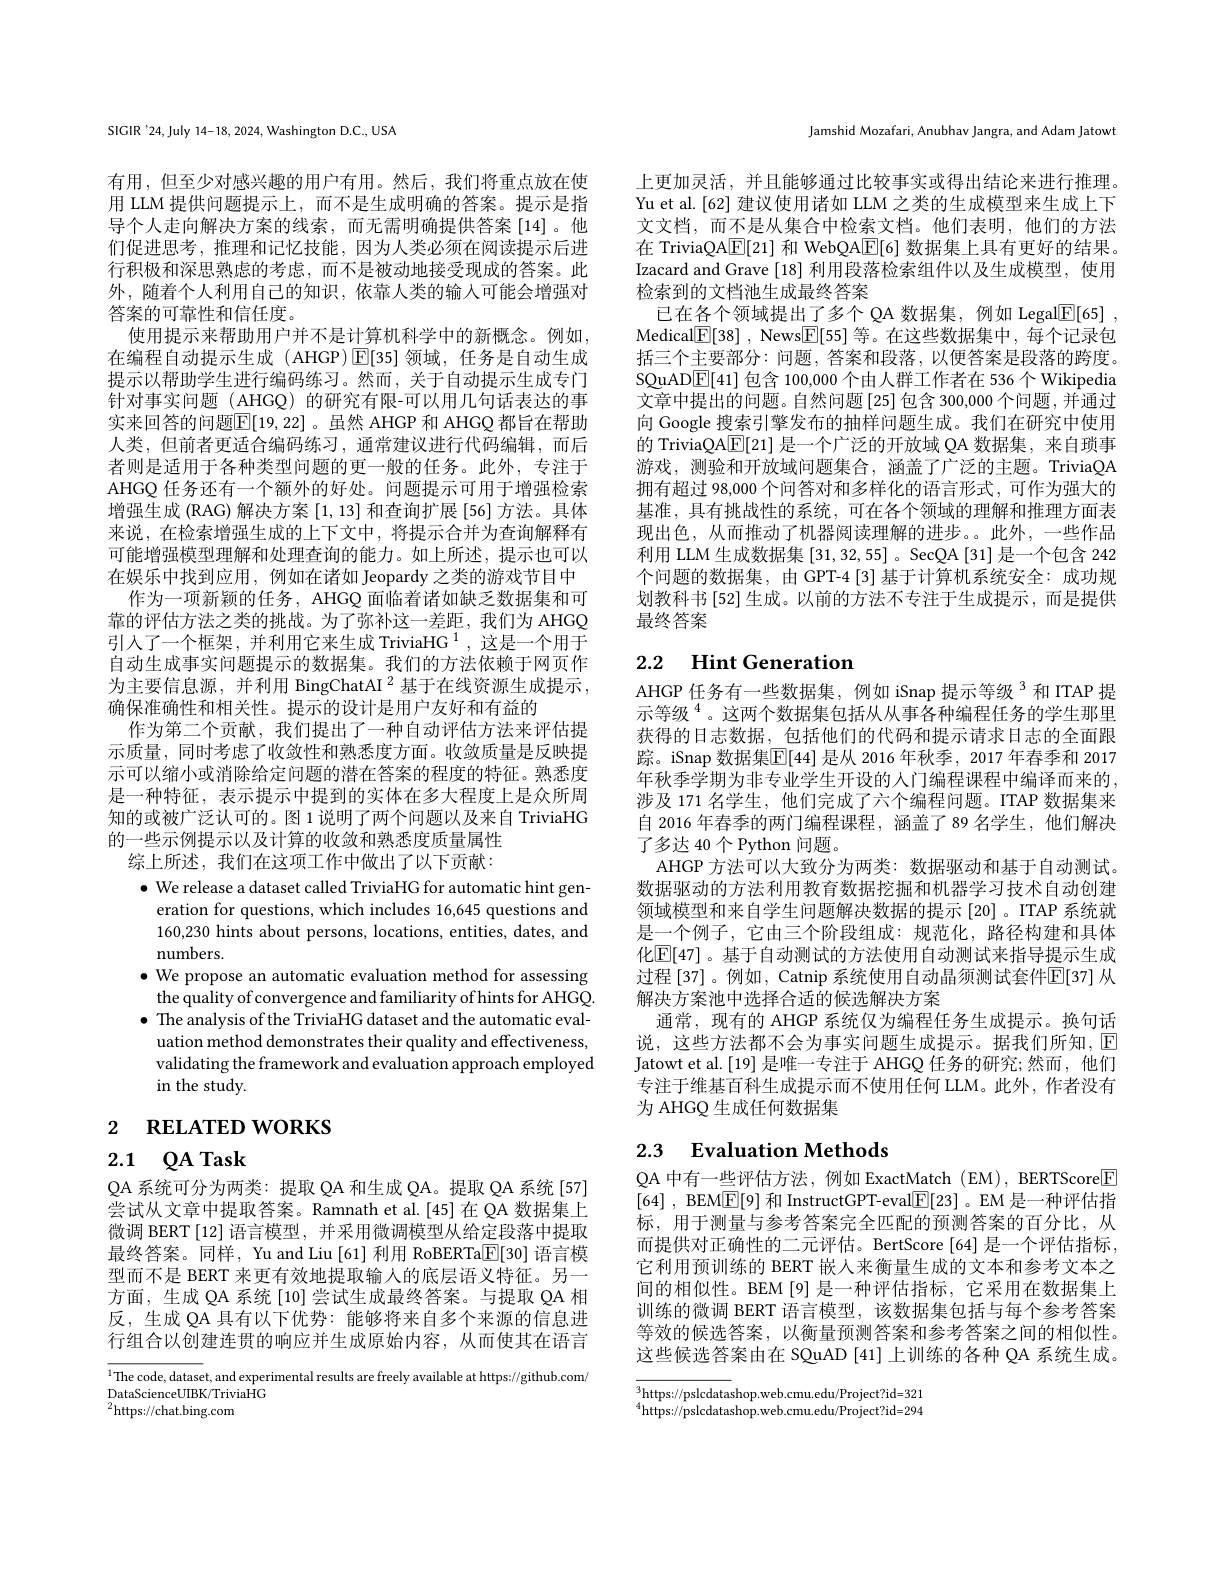
SIGIR'24,July 14-18, 2024, Washington D.C., USA

有用，但至少对感兴趣的用户有用。然后，我们将重点放在使用 LLM 提供问题提示上，而不是生成明确的答案。提示是指导个人走向解决方案的线索，而无需明确提供答案[14]。他们促进思考，推理和记忆技能，因为人类必须在阅读提示后进行积极和深思熟虑的考虑，而不是被动地接受现成的答案。此外，随着个人利用自己的知识，依靠人类的输入可能会增强对答案的可靠性和信任度。
使用提示来帮助用户并不是计算机科学中的新概念。例如， 在编程自动提示生成 (AHGP)$\operatorname{E}[$35]领域，任务是自动生成提示以帮助学生进行编码练习。然而，关于自动提示生成专门针对事实问题(AHGQ)的研究有限-可以用几句话表达的事实来回答的问题$\mathbb{E}[19,22]$ 。虽然 AHGP 和 AHGQ 都旨在帮助人类，但前者更适合编码练习，通常建议进行代码编辑，而后者则是适用于各种类型问题的更一般的任务。此外，专注于AHGQ 任务还有一个额外的好处。问题提示可用于增强检索增强生成 (RAG) 解决方案[1,13]和查询扩展 [56] 方法。具体来说，在检索增强生成的上下文中，将提示合并为查询解释有可能增强模型理解和处理查询的能力。如上所述，提示也可以在娱乐中找到应用，例如在诸如 Jeopardy 之类的游戏节目中
作为一项新颖的任务，AHGQ 面临着诸如缺乏数据集和可靠的评估方法之类的挑战。为了弥补这一差距，我们为 AHGQ 引人了一个框架，并利用它来生成 TriviaHG $^1$,这是一个用于自动生成事实问题提示的数据集。我们的方法依赖于网页作为主要信息源，并利用 BingChatAI $^2$基于在线资源生成提示， 确保准确性和相关性。提示的设计是用户友好和有益的
作为第二个贡献，我们提出了一种自动评估方法来评估提示质量，同时考虑了收敛性和熟悉度方面。收敛质量是反映提示可以缩小或消除给定问题的潜在答案的程度的特征。熟悉度是一种特征，表示提示中提到的实体在多大程度上是众所周知的或被广泛认可的。图 1说明了两个问题以及来自 TriviaHG 的一些示例提示以及计算的收敛和熟悉度质量属性
综上所述，我们在这项工作中做出了以下贡献：
$\bullet$ We release a dataset called TriviaHG for automatic hint gen-
eration for questions, which includes 16,645 questions and 160,230 hints about persons, locations, entities, dates, and numbers.
$\bullet$ We propose an automatic evaluation method for assessing the quality of convergence and familiarity of hints for AHGQ. $\bullet$ The analysis of the TriviaHG dataset and the automatic evaluation method demonstrates their quality and effectiveness, validating the framework and evaluation approach employed in the study.
2 RELATED WORKS

# 2.1 $\mathbb{Q}$A Task

QA 系统可分为两类：提取 QA 和生成 QA。提取 QA 系统 [57] 尝试从文章中提取答案。Ramnath et al.[45] 在 QA 数据集上微调 BERT [12] 语言模型，并采用微调模型从给定段落中提取最终答案。同样，Yu and Liu [61] 利用 RoBERTa$\boxed{\mathbb{E}}[30]$语言模型而不是 BERT 来更有效地提取输人的底层语义特征。另一方面，生成 QA 系统 [10] 尝试生成最终答案。与提取 QA 相反，生成 QA 具有以下优势：能够将来自多个来源的信息进行组合以创建连贯的响应并生成原始内容，从而使其在语言

$^{1}$The code, dataset, and experimental results are freely available at https://github.com/
DataScienceUIBK/TriviaHG
${}^{2}$https://chat.bing.com

Jamshid Mozafari, Anubhav Jangra, and Adam Jatowt

上更加灵活，并且能够通过比较事实或得出结论来进行推理。Yu et al.[62] 建议使用诸如 LLM 之类的生成模型来生成上下文文档，而不是从集合中检索文档。他们表明，他们的方法在 TriviaQA$\mathbb{E}[21]$和 WebQA$\mathbb{E}[6]$数据集上具有更好的结果。Izacard and Grave [18]利用段落检索组件以及生成模型，使用检索到的文档池生成最终答案
已在各个领域提出了多个 QA 数据集，例如 Legal$\boxed{\mathrm{F}}[65]$ Medical$\boxed{\mathbb{F} }[ 38]$ , News$\boxed{\mathbb{F}}[55]$等。在这些数据集中，每个记录包括三个主要部分：问题，答案和段落，以便答案是段落的跨度。SQuAD$\underline{\mathrm{E}}[41]$包含 100,000 个由人群工作者在 536 个 Wikipedia 文章中提出的问题。自然问题[25]包含 300,000 个问题 ,并通过向 Google 搜索引擎发布的抽样问题生成。我们在研究中使用的 TriviaQA$\boxed{\mathbb{F}}[21]$是一个广泛的开放域 QA 数据集，来自琐事游戏，测验和开放域问题集合，涵盖了广泛的主题。TriviaQA 拥有超过 98,000 个问答对和多样化的语言形式，可作为强大的基准，具有挑战性的系统，可在各个领域的理解和推理方面表现出色，从而推动了机器阅读理解的进步。此外，一些作品利用 LLM 生成数据集[31,32,55] 。SecQA [31]是一个包含 242个问题的数据集，由 GPT-4 [3]基于计算机系统安全：成功规划教科书 [52] 生成。以前的方法不专注于生成提示 ,而是提供最终答案

# 2.2 Hint Generation

AHGP 任务有一些数据集，例如 iSnap 提示等级$^{3}$和 ITAP 提示等级$^{4}$。这两个数据集包括从从事各种编程任务的学生那里获得的日志数据，包括他们的代码和提示请求日志的全面跟踪。iSnap 数据集$\boxed{\mathbb{E}}[44]$ 是从 2016 年秋季，2017 年春季和 2017年秋季学期为非专业学生开设的人门编程课程中编译而来的涉及 171 名学生，他们完成了六个编程问题。ITAP 数据集来自 2016 年春季的两门编程课程，涵盖了 89 名学生，他们解决了多达 40个 Python 问题
AHGP 方法可以大致分为两类：数据驱动和基于自动测试。数据驱动的方法利用教育数据挖掘和机器学习技术自动创建领域模型和来自学生问题解决数据的提示[20] 。ITAP 系统就是一个例子，它由三个阶段组成：规范化，路径构建和具体化$\mathbb{E}[47]$。基于自动测试的方法使用自动测试来指导提示生成过程[37]。例如，Catnip 系统使用自动晶须测试套件$\mathbb{E}[37]$ 从解决方案池中选择合适的候选解决方案
通常，现有的 AHGP 系统仅为编程任务生成提示。换句话说，这些方法都不会为事实问题生成提示。据我们所知，$\operatorname{E}$ Jatowt et al.[19] 是唯一专注于 AHGQ 任务的研究；然而，他们专注于维基百科生成提示而不使用任何 LLM。此外，作者没有为 AHGQ 生成任何数据集

# 2.3 Evaluation Methods

QA 中有一些评估方法，例如 ExactMatch (EM), BERTScore[E] [64] , BEM[E[9] 和 InstructGPT-eval[E[23] 。EM 是一种评估指标，用于测量与参考答案完全匹配的预测答案的百分比，从而提供对正确性的二元评估。BertScore[64] 是一个评估指标， 它利用预训练的 BERT 嵌入来衡量生成的文本和参考文本之间的相似性。BEM[9] 是一种评估指标，它采用在数据集上训练的微调 BERT 语言模型，该数据集包括与每个参考答案等效的候选答案，以衡量预测答案和参考答案之间的相似性。这些候选答案由在 SQuAD [41]上训练的各种 QA 系统生成。

$_{4}^{3}$https://pslcdatashop.web.cmu.edu/Project?id=321 $$^4$https://pslcdatashop.web.cmu.edu/Project?id=294$